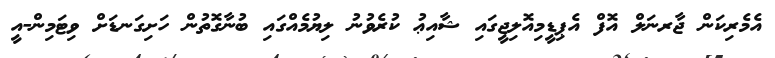
އެމެރިކަން ޖާރނަލް އޮފް އެޕިޑީމިއޮލިޖީގައި ޝާއިޢު ކުރެވުނު ލިޔުމެއްގައި ބުނާގޮތުން ހަށިގަނޑަށް ވިޓަމިން-އީ